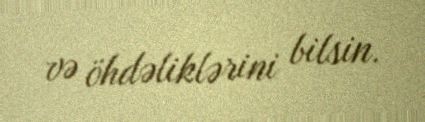
və öhdəliklərini bilsin.